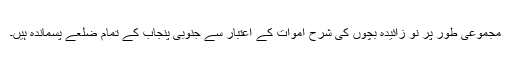
مجموعی طور پر نو زائیدہ بچوں کی شرح اموات کے اعتبار سے جنوبی پنجاب کے تمام ضلعے پسماندہ ہیں۔